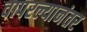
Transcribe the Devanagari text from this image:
वापरल्यानंतर